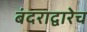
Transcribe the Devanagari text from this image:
बंदराद्वारेच